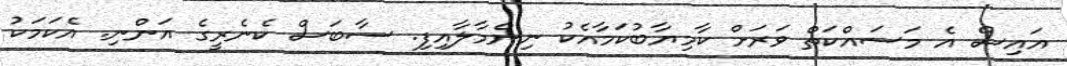
އައިސް އެ މަސައްކަތް ވަރަށް ކާމިޔާބުކަމާއެކު ނިންމާލާއިފި. ސާބަސް ކެނެރީގެ އަންނި. އެކަމަކު